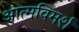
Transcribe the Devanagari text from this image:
आत्मविमर्श